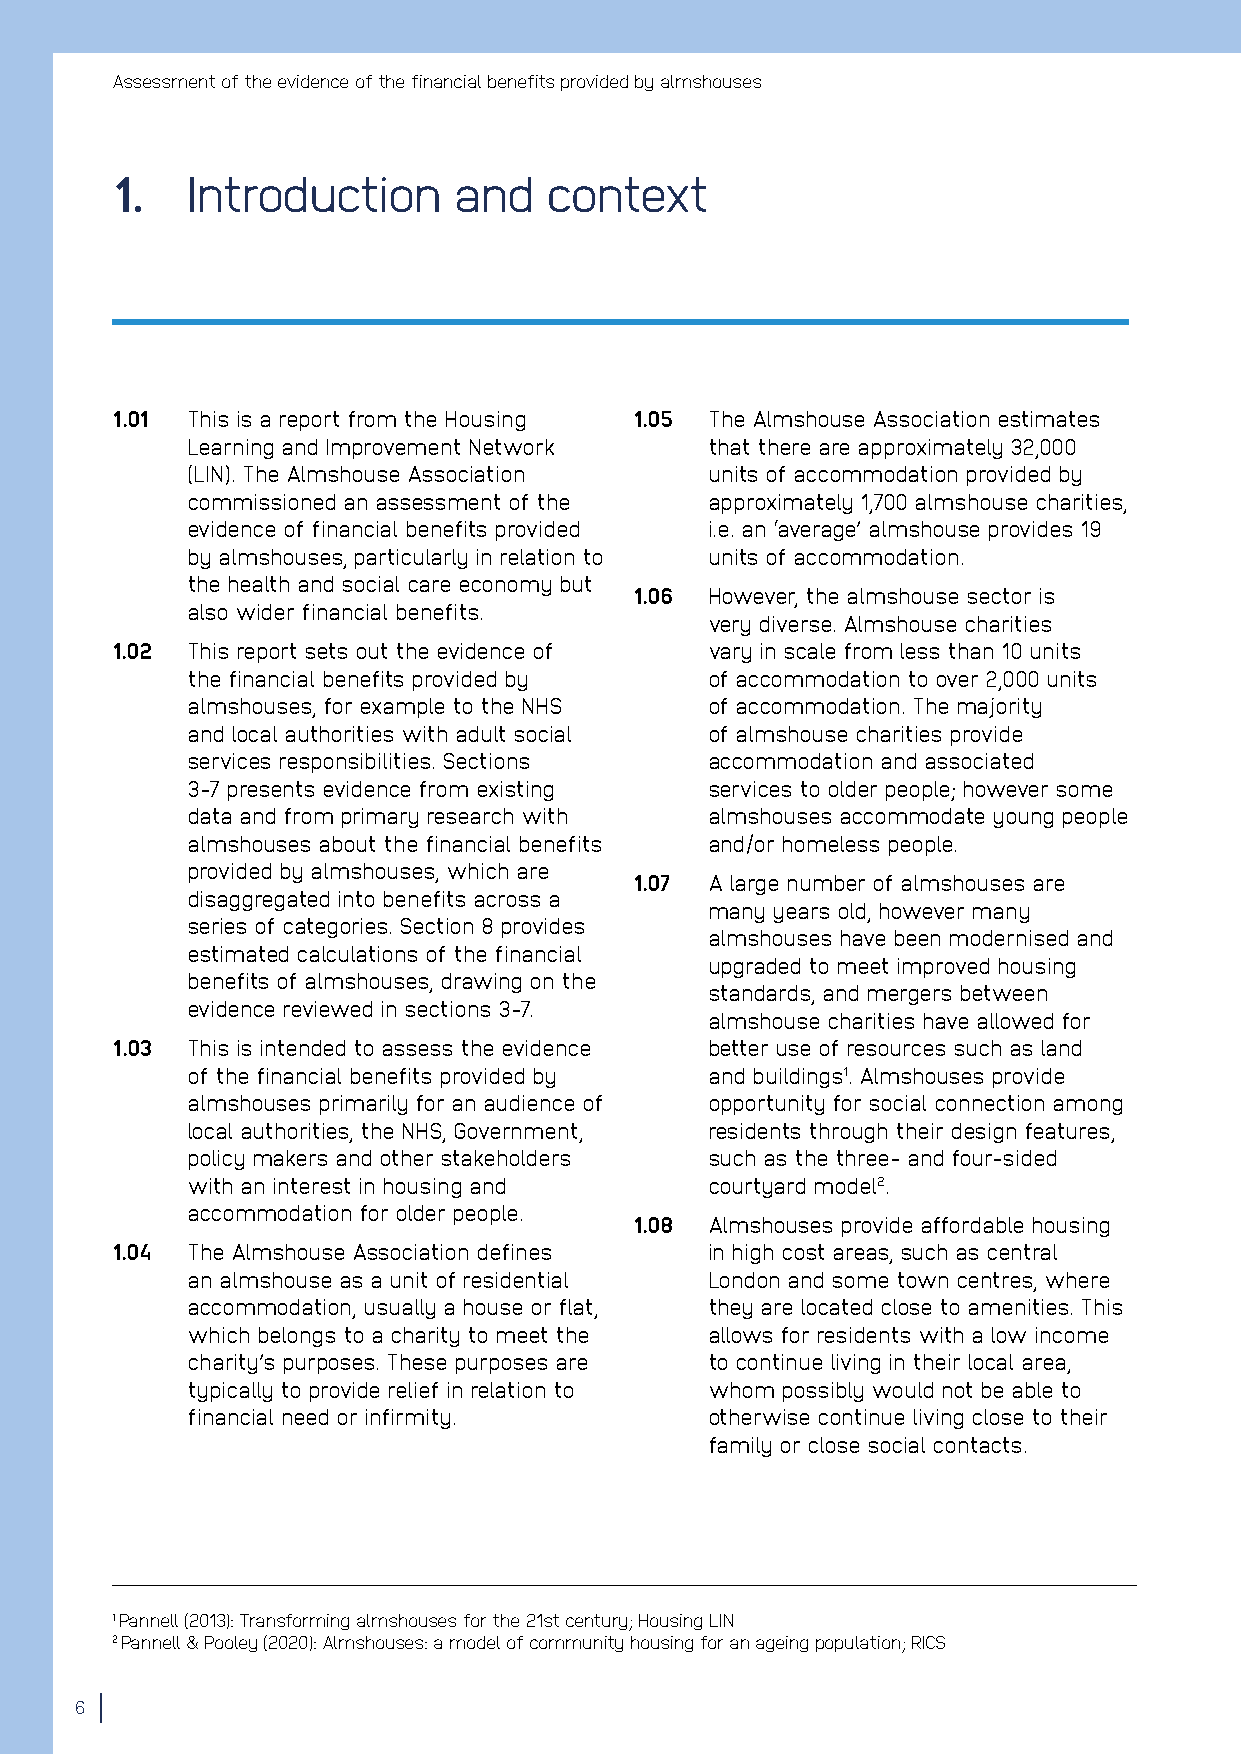
Assessment of the evidence of the financial benefits provided by almshouses
 1.   Introduction      and   context
 1.01 This is a report from the Housing 1.05 The Almshouse Association estimates
 Learning and Improvement Network   that there are approximately 32,000
 (LIN). The Almshouse Association   units of accommodation provided by
 commissioned an assessment of the  approximately 1,700 almshouse charities,
 evidence of financial benefits provided i.e. an ‘average’ almshouse provides 19
 by almshouses, particularly in relation to units of accommodation.
 the health and social care economy but
 1.06 However, the almshouse sector is
 also wider financial benefits.
 very diverse. Almshouse charities
 1.02 This report sets out the evidence of vary in scale from less than 10 units
 the financial benefits provided by of accommodation to over 2,000 units
 almshouses, for example to the NHS of accommodation. The majority
 and local authorities with adult social of almshouse charities provide
 services responsibilities. Sections accommodation and associated
 3-7 presents evidence from existing services to older people; however some
 data and from primary research with almshouses accommodate young people
 almshouses about the financial benefits and/or homeless people.
 provided by almshouses, which are
 1.07 A large number of almshouses are
 disaggregated into benefits across a
 many years old, however many
 series of categories. Section 8 provides
 almshouses have been modernised and
 estimated calculations of the financial
 upgraded to meet improved housing
 benefits of almshouses, drawing on the
 standards, and mergers between
 evidence reviewed in sections 3-7.
 almshouse charities have allowed for
 1.03 This is intended to assess the evidence better use of resources such as land
 of the financial benefits provided by and buildings1. Almshouses provide
 almshouses primarily for an audience of opportunity for social connection among
 local authorities, the NHS, Government, residents through their design features,
 policy makers and other stakeholders such as the three- and four-sided
 with an interest in housing and    courtyard model2.
 accommodation for older people.
 1.08 Almshouses provide affordable housing
 1.04 The Almshouse Association defines  in high cost areas, such as central
 an almshouse as a unit of residential London and some town centres, where
 accommodation, usually a house or flat, they are located close to amenities. This
 which belongs to a charity to meet the allows for residents with a low income
 charity’s purposes. These purposes are to continue living in their local area,
 typically to provide relief in relation to whom possibly would not be able to
 financial need or infirmity.       otherwise continue living close to their
 family or close social contacts.
 1 Pannell (2013): Transforming almshouses for the 21st century; Housing LIN
 2 Pannell & Pooley (2020): Almshouses: a model of community housing for an ageing population; RICS
 6